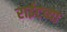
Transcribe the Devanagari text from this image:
राईटच्या